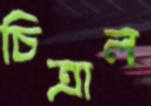
চিত্রাল